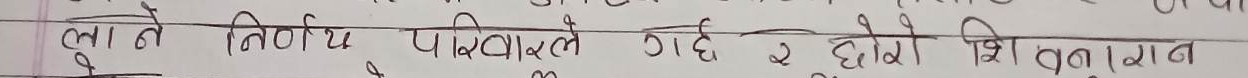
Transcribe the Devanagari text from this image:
लुगाले निर्णय परिवारले गर्छ र छोरो शिवालय